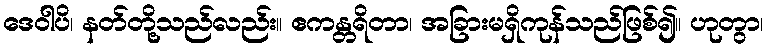
ဒေဝါပိ၊ နတ်တို့သည်လည်း။ ဧကန္တရိတာ၊ အခြားမရှိကုန်သည်ဖြစ်၍။ ဟုတွာ၊